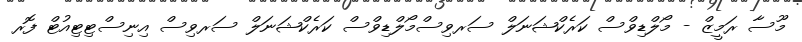
މޫސާ ރަމީޒް - މޯލްޑިވްސް ކަރެކްޝަނަލް ސަރވިސްމޯލްޑިވްސް ކަރެކްޝަނަލް ސަރވިސް އިނިސްޓިޓިއުޓް ފޮރ